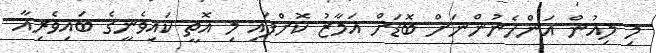
މި ލިއުން އަންހެނުންނަށް ބޮޑަށް އަމާޒު ކޮށްފައި މި އޮތީ ކައިވެނީގެ ބައިވެރިއާ